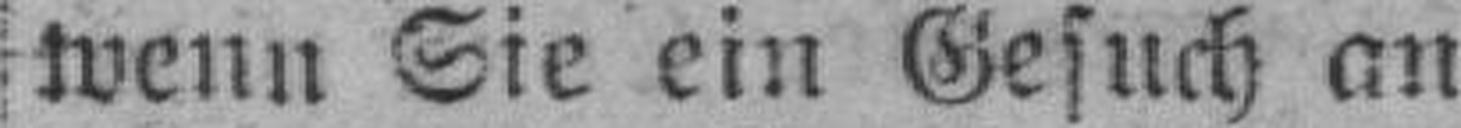
wenn Sie ein Gesuch an